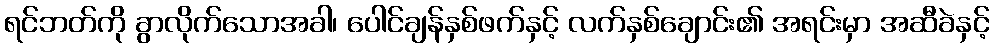
ရင်ဘတ်ကို ခွာလိုက်သောအခါ၊ ပေါင်ချန်နှစ်ဖက်နှင့် လက်နှစ်ချောင်း၏ အရင်းမှာ အဆီခဲနှင့်